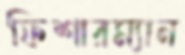
ফিশারম্যান